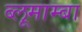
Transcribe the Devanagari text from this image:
ब्लूमाम्बा